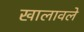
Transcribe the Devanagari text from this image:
खालावले